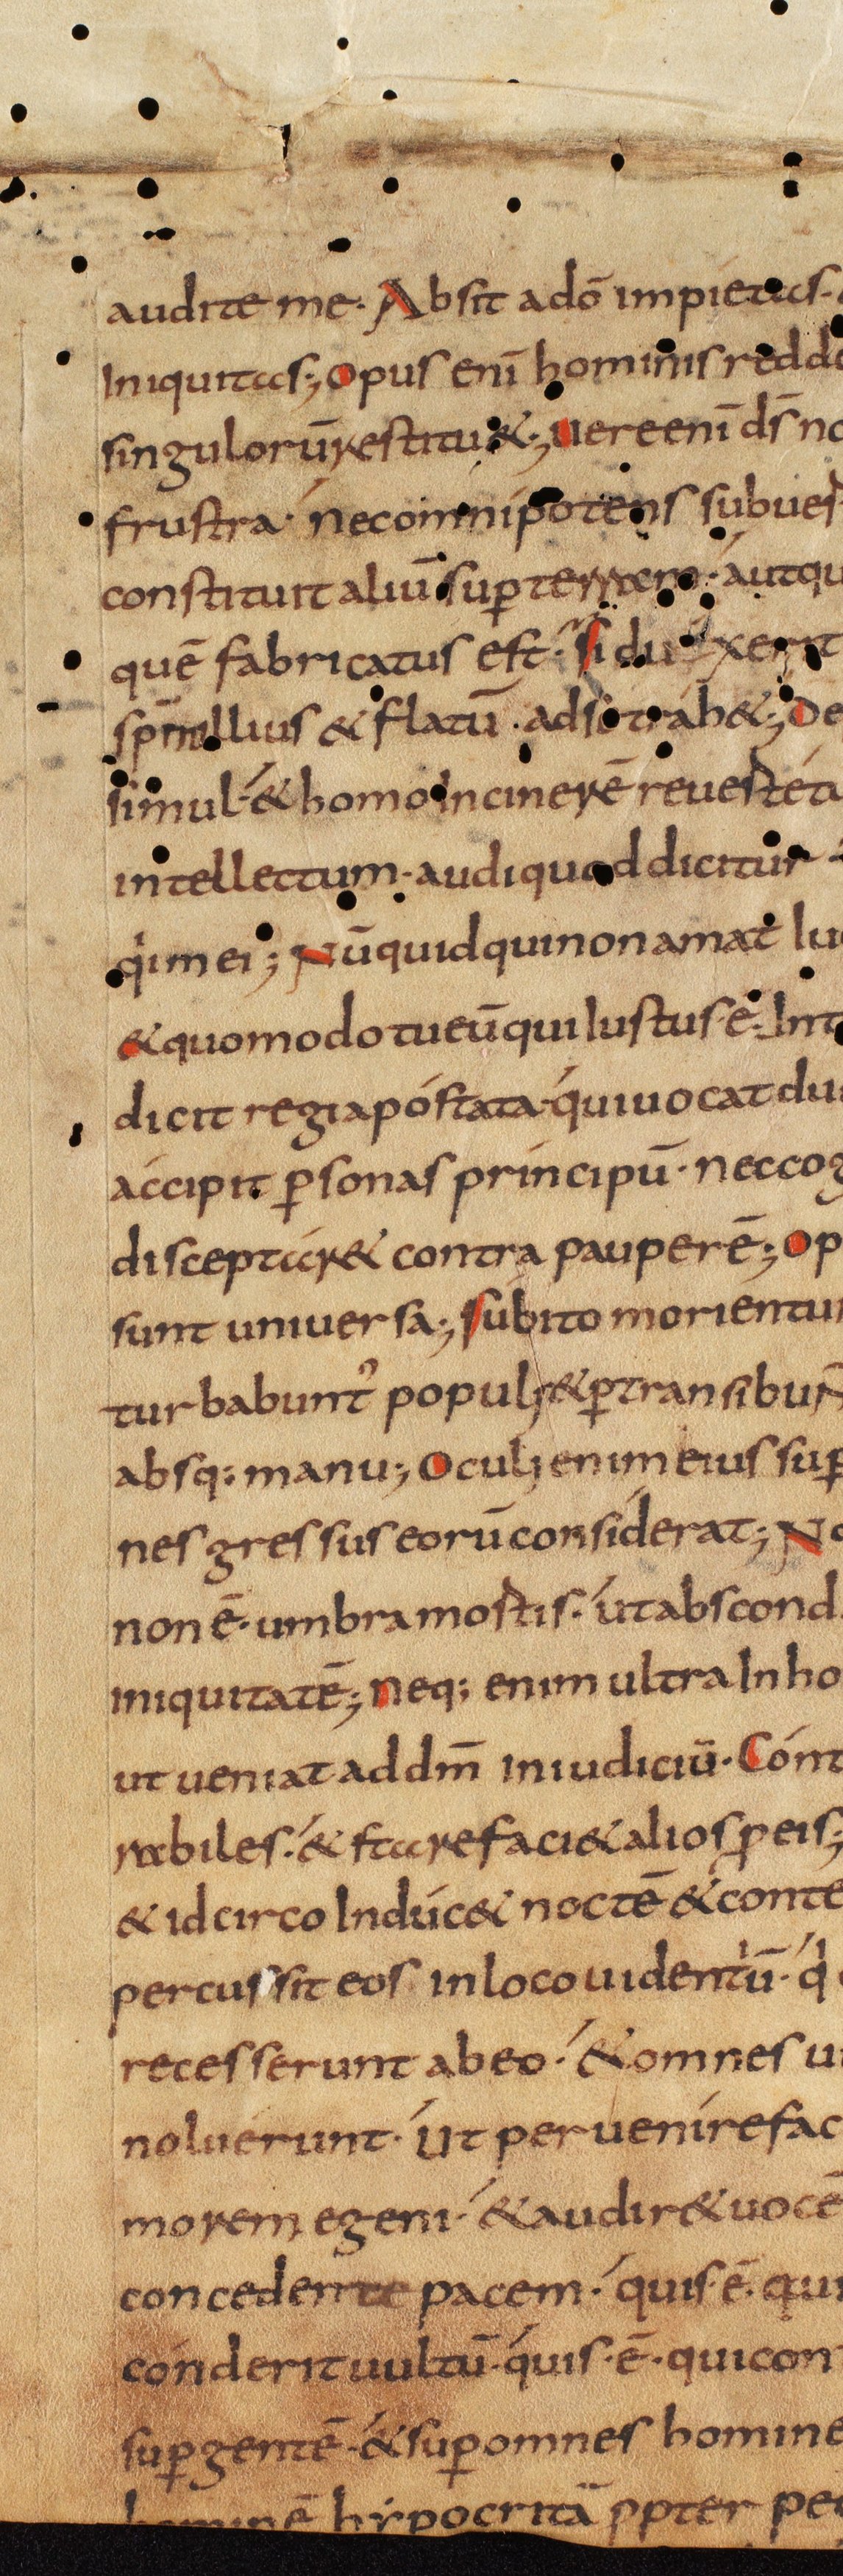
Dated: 800–815